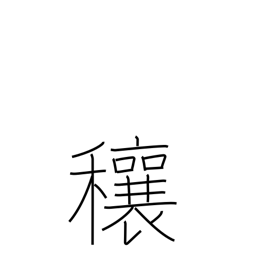
Meaning: abundance